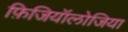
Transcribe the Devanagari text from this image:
फ़िजियॉलोजिया